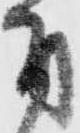
付